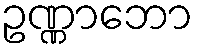
ဥဏ္ဏာဘော